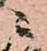
ニ